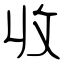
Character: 收